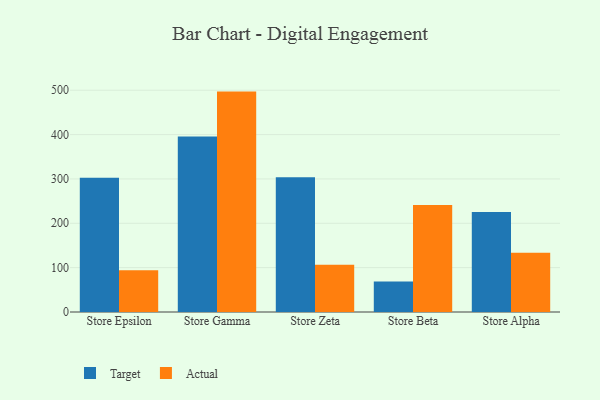
{"axis": {"x": "Store", "y": "Energy Usage (MWh)"}, "legend": ["Actual", "Target"], "data": [{"x": "Store Epsilon", "y": 302.6, "type": "Target"}, {"x": "Store Epsilon", "y": 94.3, "type": "Actual"}, {"x": "Store Gamma", "y": 395.6, "type": "Target"}, {"x": "Store Gamma", "y": 496.9, "type": "Actual"}, {"x": "Store Zeta", "y": 303.8, "type": "Target"}, {"x": "Store Zeta", "y": 106.6, "type": "Actual"}, {"x": "Store Beta", "y": 68.7, "type": "Target"}, {"x": "Store Beta", "y": 241.1, "type": "Actual"}, {"x": "Store Alpha", "y": 225.3, "type": "Target"}, {"x": "Store Alpha", "y": 133.4, "type": "Actual"}]}